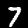
Label: 7